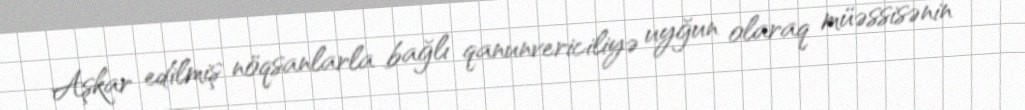
Aşkar edilmiş nöqsanlarla bağlı qanunvericiliyə uyğun olaraq müəssisənin